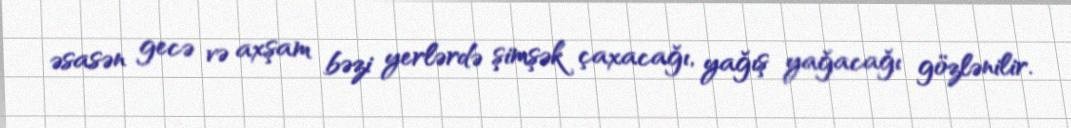
əsasən gecə və axşam bəzi yerlərdə şimşək çaxacağı, yağış yağacağı gözlənilir.